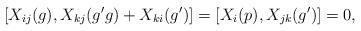
LaTeX: \begin{align*} [X_{ij}(g),X_{kj}(g'g)+X_{ki}(g')]=[X_{i}(p),X_{jk}(g')]=0, & \endline &\end{align*}